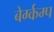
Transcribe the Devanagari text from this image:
बेर्ग्कम्प